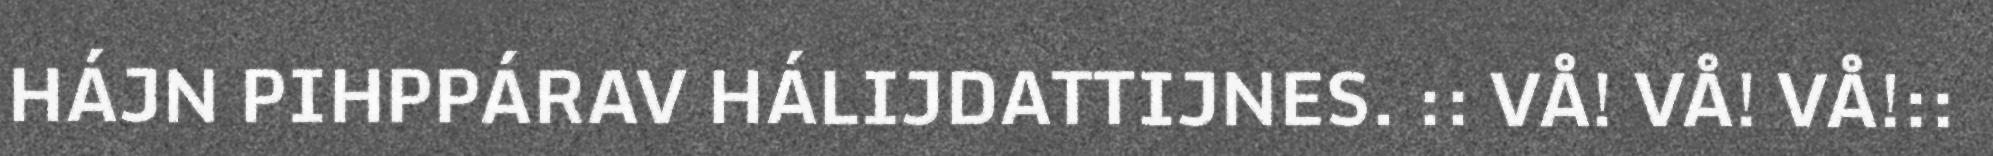
HÁJN PIHPPÁRAV HÁLIJDATTIJNES. :: VÅ! VÅ! VÅ!::